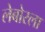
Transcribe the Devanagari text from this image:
लेबोरला